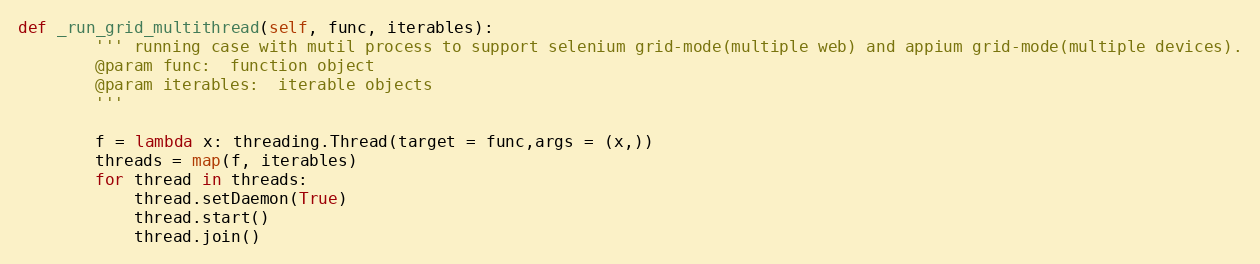
Language: Python
def _run_grid_multithread(self, func, iterables):
        ''' running case with mutil process to support selenium grid-mode(multiple web) and appium grid-mode(multiple devices).
        @param func:  function object
        @param iterables:  iterable objects
        '''

        f = lambda x: threading.Thread(target = func,args = (x,))
        threads = map(f, iterables)
        for thread in threads:
            thread.setDaemon(True)
            thread.start()
            thread.join()